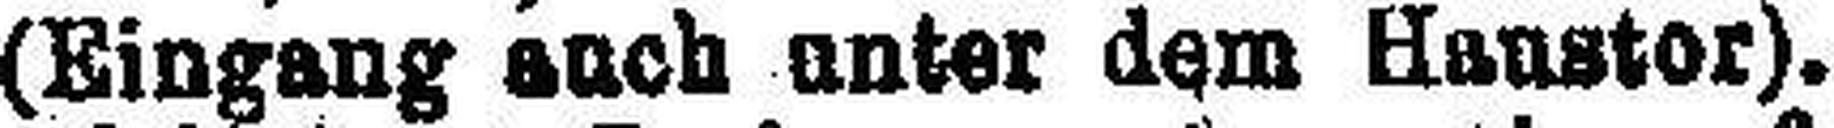
(Eingang auch unter dem Hanstor).